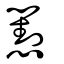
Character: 懟